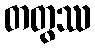
တတွဿ